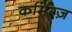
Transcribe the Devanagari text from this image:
कर्मिग्ज़